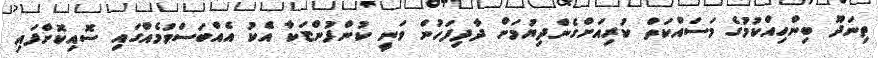
ތިނަދޫ ބިންހިއްކުމުގެ މަސައްކަތް ކުރިއަށްގެންދިޔުމަށް ދާދިފަހުން ވަނީ ކުންފުންޏަކާ އެކު އެއްބަސްވުމެއްގައި ސޮއިކޮށްފައި